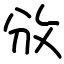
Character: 攽